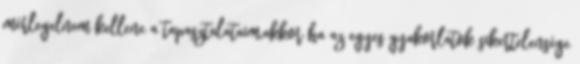
mérlegelnem kellene a tapasztalataim,akkor ha az egyes gyakorlatok sikertelensége